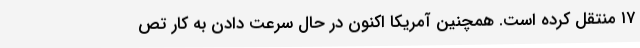
۱۷ منتقل کرده است. همچنین آمریکا اکنون در حال سرعت دادن به کار تص